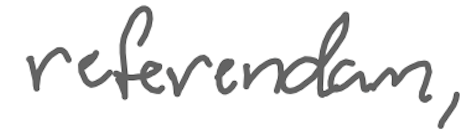
Text: referendum,
Cross-out: clean
Writing tool: digital_gray